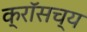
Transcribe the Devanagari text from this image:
क्रॉसच्य